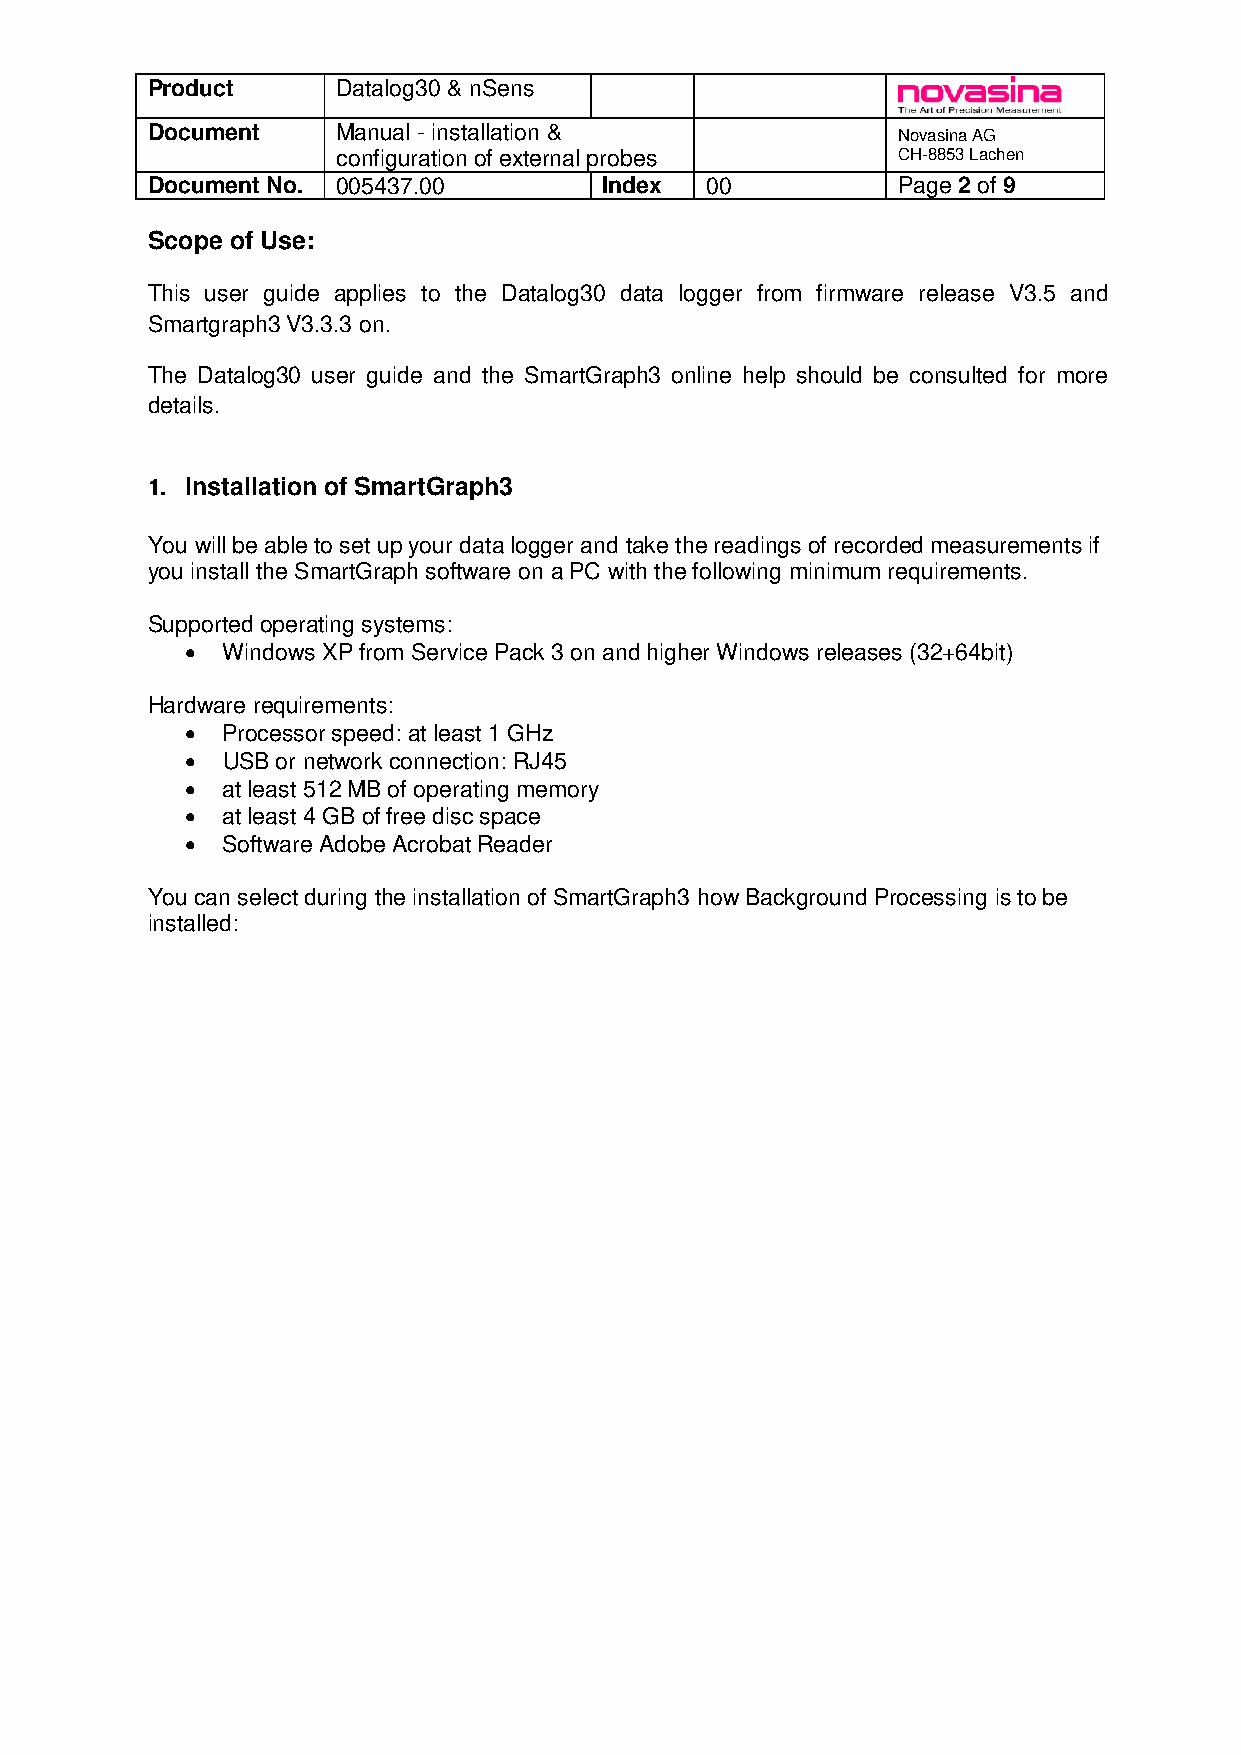
Product     Datalog30 & nSens
 Document    Manual - installation &              Novasina AG
 configuration of external probes     CH-8853 Lachen
 Document No. 005437.00        Index  00          Page 2 of 9
 Scope of Use:
 This user guide applies to the Datalog30 data logger from firmware release V3.5 and
 Smartgraph3 V3.3.3 on.
 The Datalog30 user guide and the SmartGraph3 online help should be consulted for more
 details.
 1. Installation of SmartGraph3
 You will be able to set up your data logger and take the readings of recorded measurements if
 you install the SmartGraph software on a PC with the following minimum requirements.
 Supported operating systems:
   Windows XP from Service Pack 3 on and higher Windows releases (32+64bit)
 Hardware requirements:
   Processor speed: at least 1 GHz
   USB or network connection: RJ45
   at least 512 MB of operating memory
   at least 4 GB of free disc space
   Software Adobe Acrobat Reader
 You can select during the installation of SmartGraph3 how Background Processing is to be
 installed: